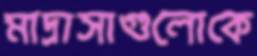
মাদ্রাসাগুলোকে